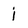
Character: j